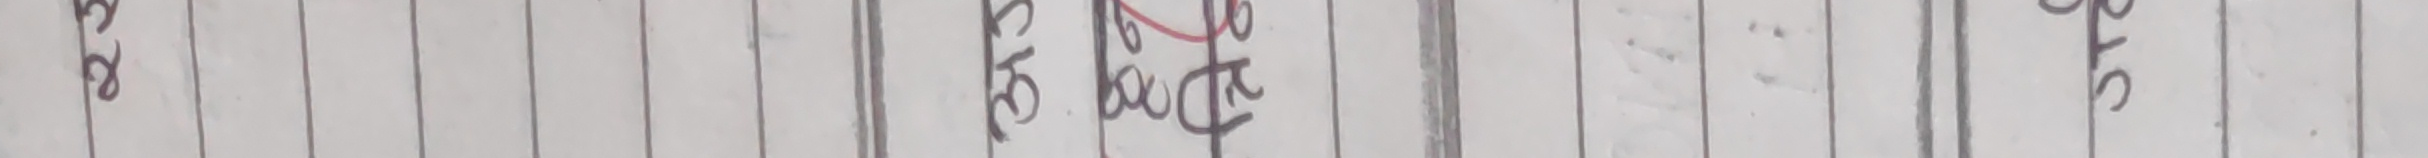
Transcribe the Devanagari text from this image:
अरु विधाताको अधिकार छ। स्त्रको